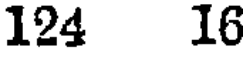
124 16